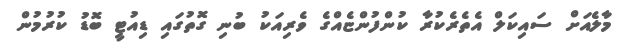
މާލެއަށް ސައިކަލް އެތެރެކުރާ ކުންފުންޏެއްގެ ވެރިއަކު ބުނި ގޮތުގައި ޑިއުޓީ ބޮޑު ކުރުމުން